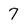
Character: 7